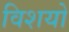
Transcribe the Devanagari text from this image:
विशयो